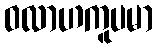
ဝလာဟကူပမာ